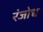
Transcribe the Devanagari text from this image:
रंजोध